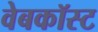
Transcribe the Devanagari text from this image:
वेबकॉस्ट